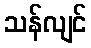
သန်လျင်